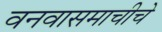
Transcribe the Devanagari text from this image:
वनवासमाचीचे